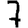
Digit: 7